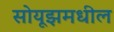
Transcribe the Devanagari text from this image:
सोयूझमधील